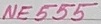
Text: NE555